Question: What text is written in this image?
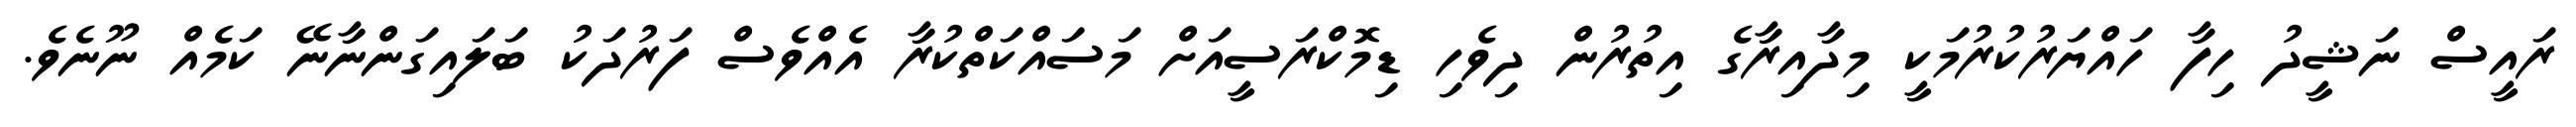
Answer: ރައީސް ނަޝީދު ހިފާ ހައްޔަރުކުރުމަކީ މިދާއިރާގެ އިތުރުން ދިވެހި ޑިމޮކްރަސީއަށް މަސައްކަތްކުރާ އެއްވެސް ފަރުދަކު ބަލައިގަންނާނޭ ކަމެއް ނޫނެވެ.